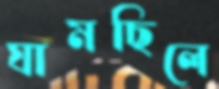
ঘামছিলে